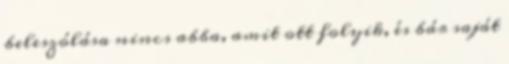
beleszólása nincs abba, amit ott folyik, és bár saját